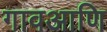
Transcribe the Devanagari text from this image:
गावआणि